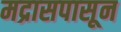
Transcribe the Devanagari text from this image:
मद्रासपासून